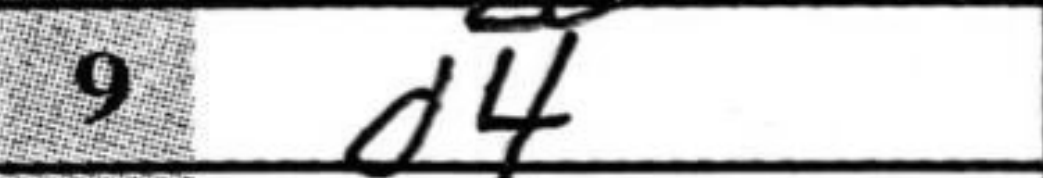
Transcription: d4